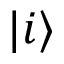
\vert i \rangle